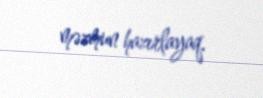
məzmun hazırlayaq.